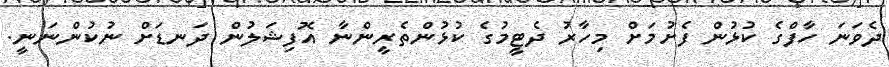
ދެވަނަ ހާފްގެ ކުޅުން ފެށުމަށް މިހާރު ދެޓީމުގެ ކުޅުންތެރީންނާ އޮފިޝަލުން ދަނޑަށް ނުކުންނަނީ.